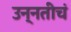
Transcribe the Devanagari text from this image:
उन्नतीचं